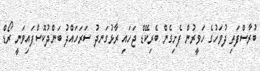
ބުރާސްފަތި ދުވަހުގެ ހަވީރުން ފެށިގެން ބެރިކޭޑް ޖަހައި ރާޅުގަނދު ސަރަހައްދު ބަންދުކޮސްފައިވަނީ ރޯޑް